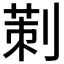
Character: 𠞁